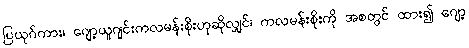
ပြယုဂ်ကား၊ ဂျော့ယူဂျင်းကလမန်းစိုးဟုဆိုလျှင်၊ ကလမန်းစိုးကို အစတွင် ထား၍ ဂျော့